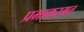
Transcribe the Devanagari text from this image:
प्रभाकरमत